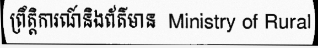
ព្រឹត្តិការណ៍និងព័ត៌មាន  Ministry of Rural